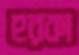
হরকা